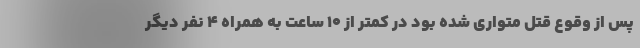
پس از وقوع قتل متواری شده بود در کمتر از ۱۰ ساعت به همراه ۴ نفر دیگر